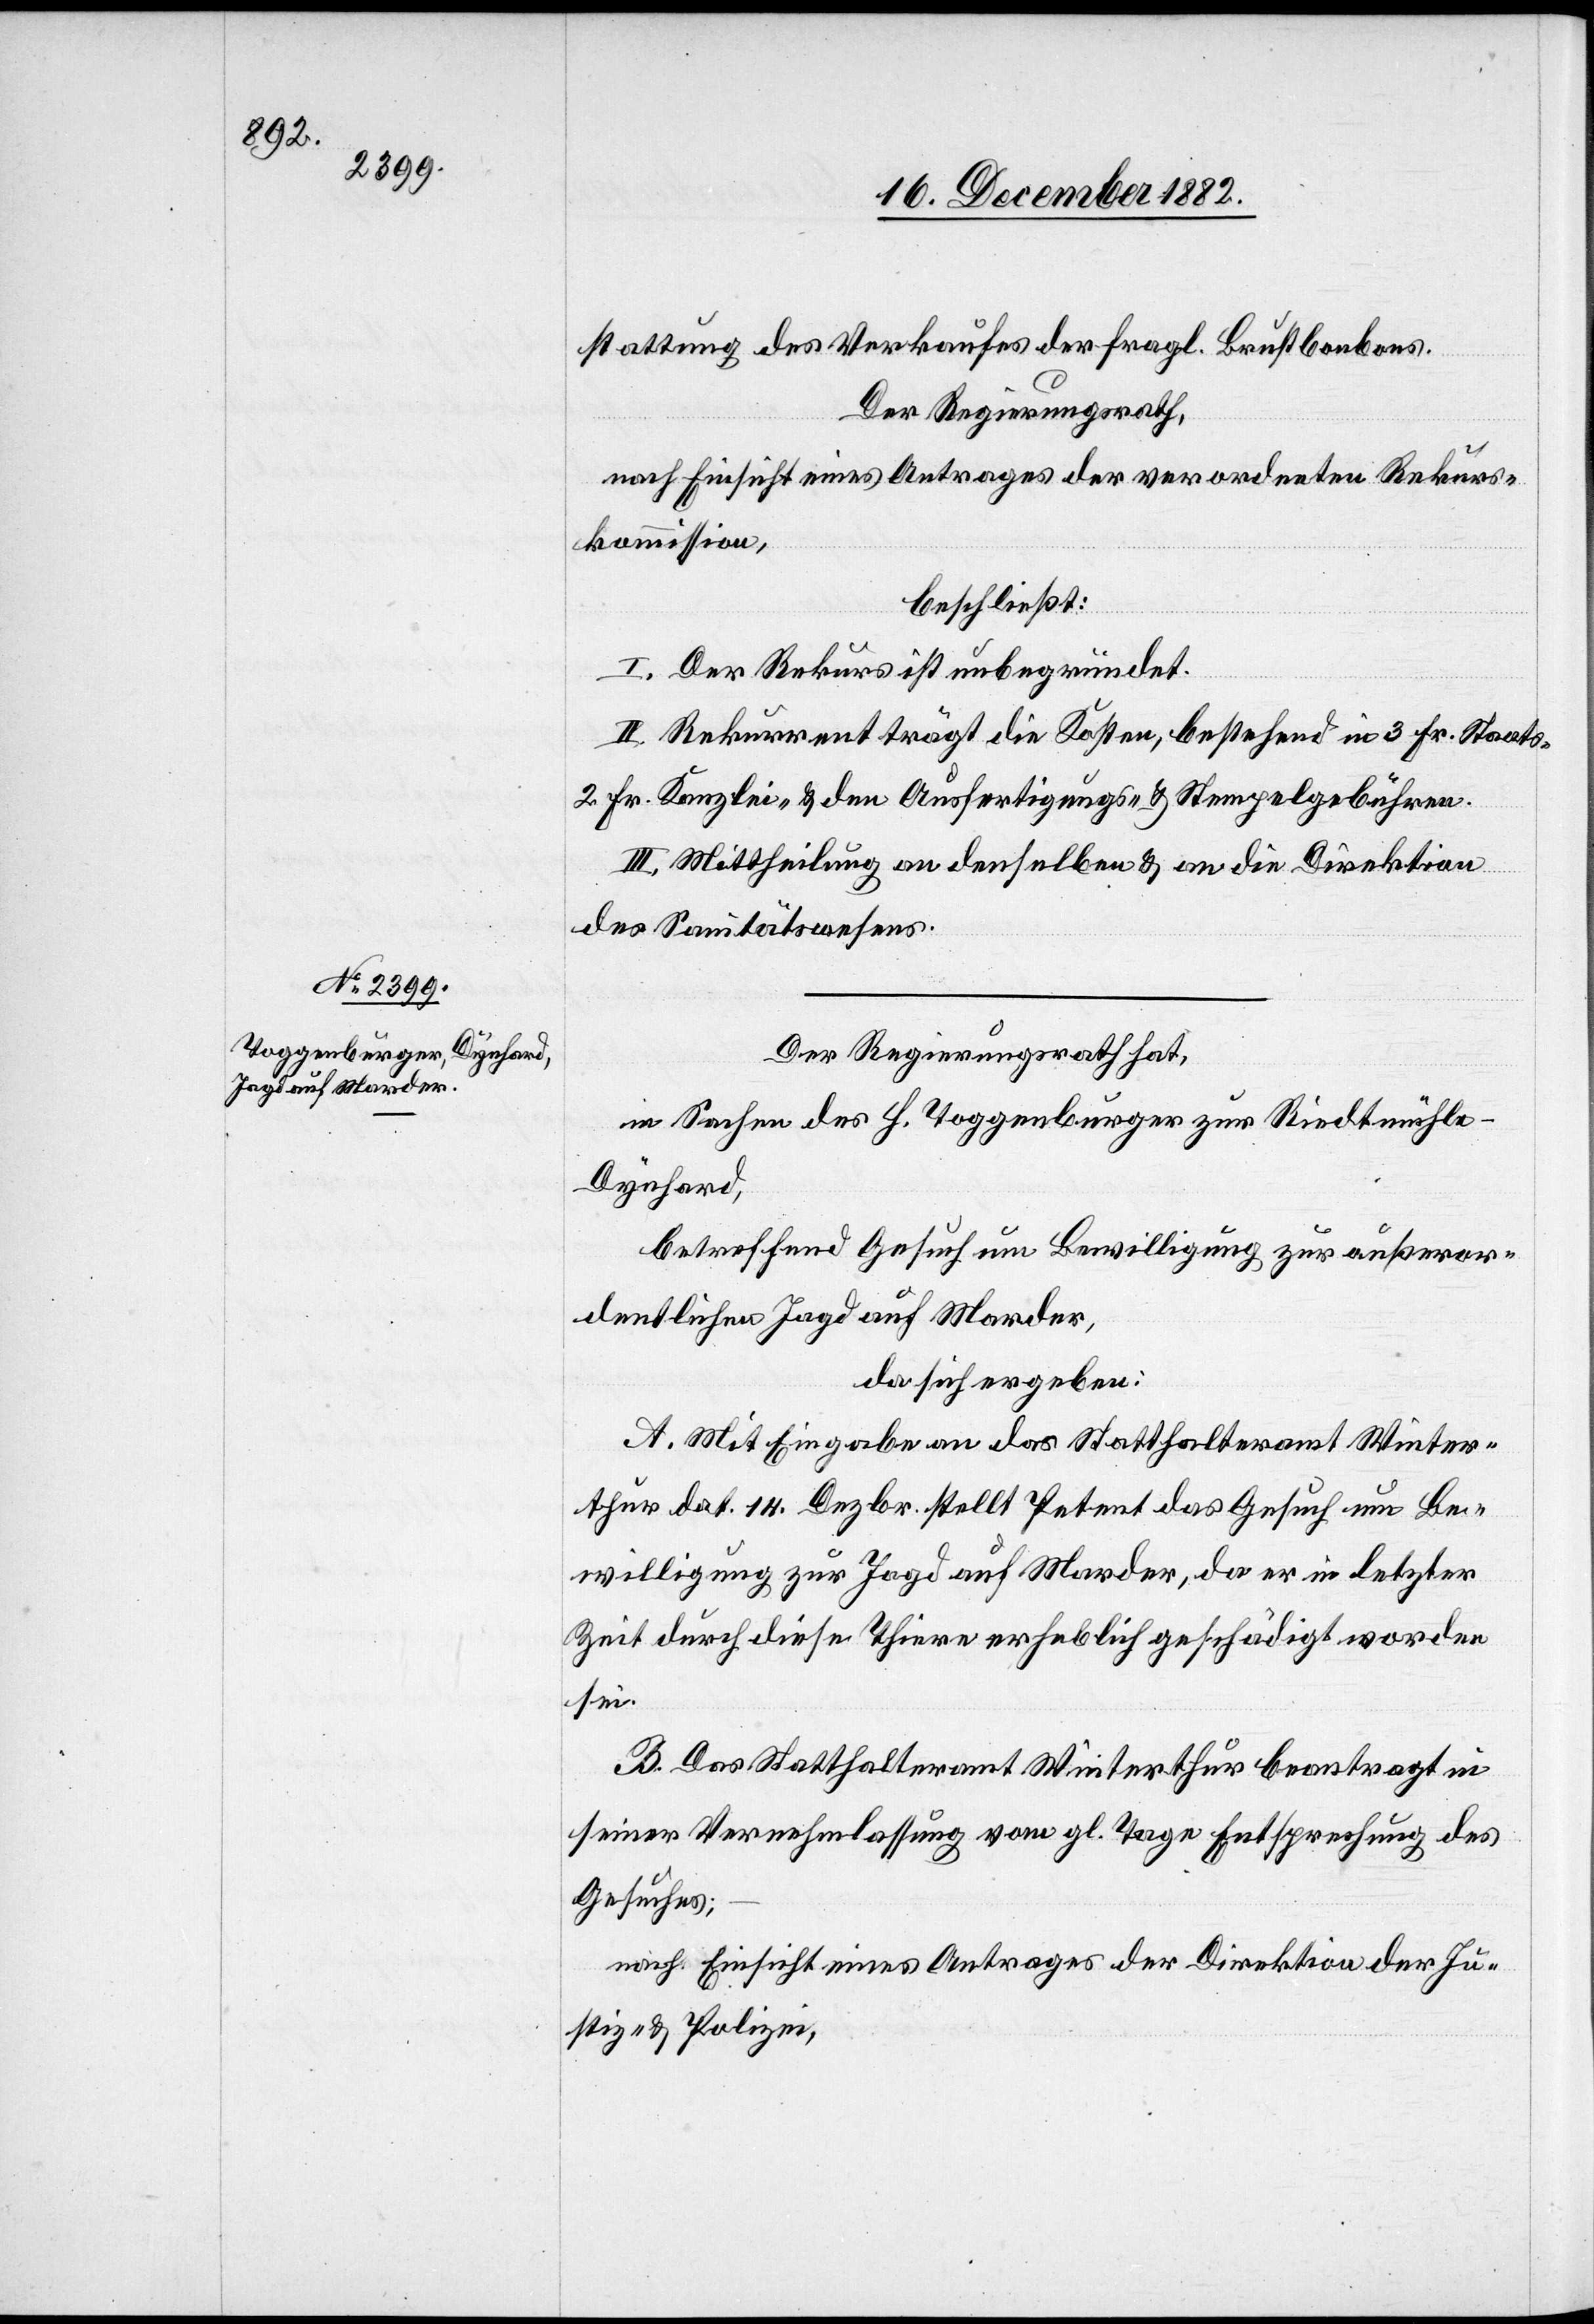
stattung des Verkaufes der fragl. Brustbonbons.
Der Regierungsrath,
nach Einsicht eines Antrages der verordneten Rekurs¬
kommission,
beschließt:
I. Der Rekurs ist unbegründet.
II. Rekurrent trägt die Kosten, bestehend in 3 Fr. Staats-
2 Fr. Kanzlei- & den Ausfertigungs- & Stempelgebühren.
III. Mittheilung an denselben & an die Direktion
des Sanitätswesens.
Der Regierungsrath hat,
in Sachen des H. Toggenburger zur Riedtmühle
Dynhard,
betreffend Gesuch um Bewilligung zur außeror¬
dentlichen Jagd auf Marder,
da sich ergeben:
A. Mit Eingabe an das Statthalteramt Winter¬
thur dat. 14. Dezbr. stellt Petent das Gesuch um Be¬
willigung zur Jagd auf Marder, da er in letzter
Zeit durch diese Thiere erheblich geschädigt worden
sei.
B: Das Statthalteramt Winterthur beantragt in
seiner Vernehmlassung vom gl. Tage Entsprechung des
Gesuches;
nach Einsicht eines Antrages der Direktion der Ju¬
stiz & Polizei,